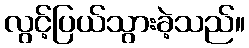
လွင့်ပြယ်သွားခဲ့သည်။